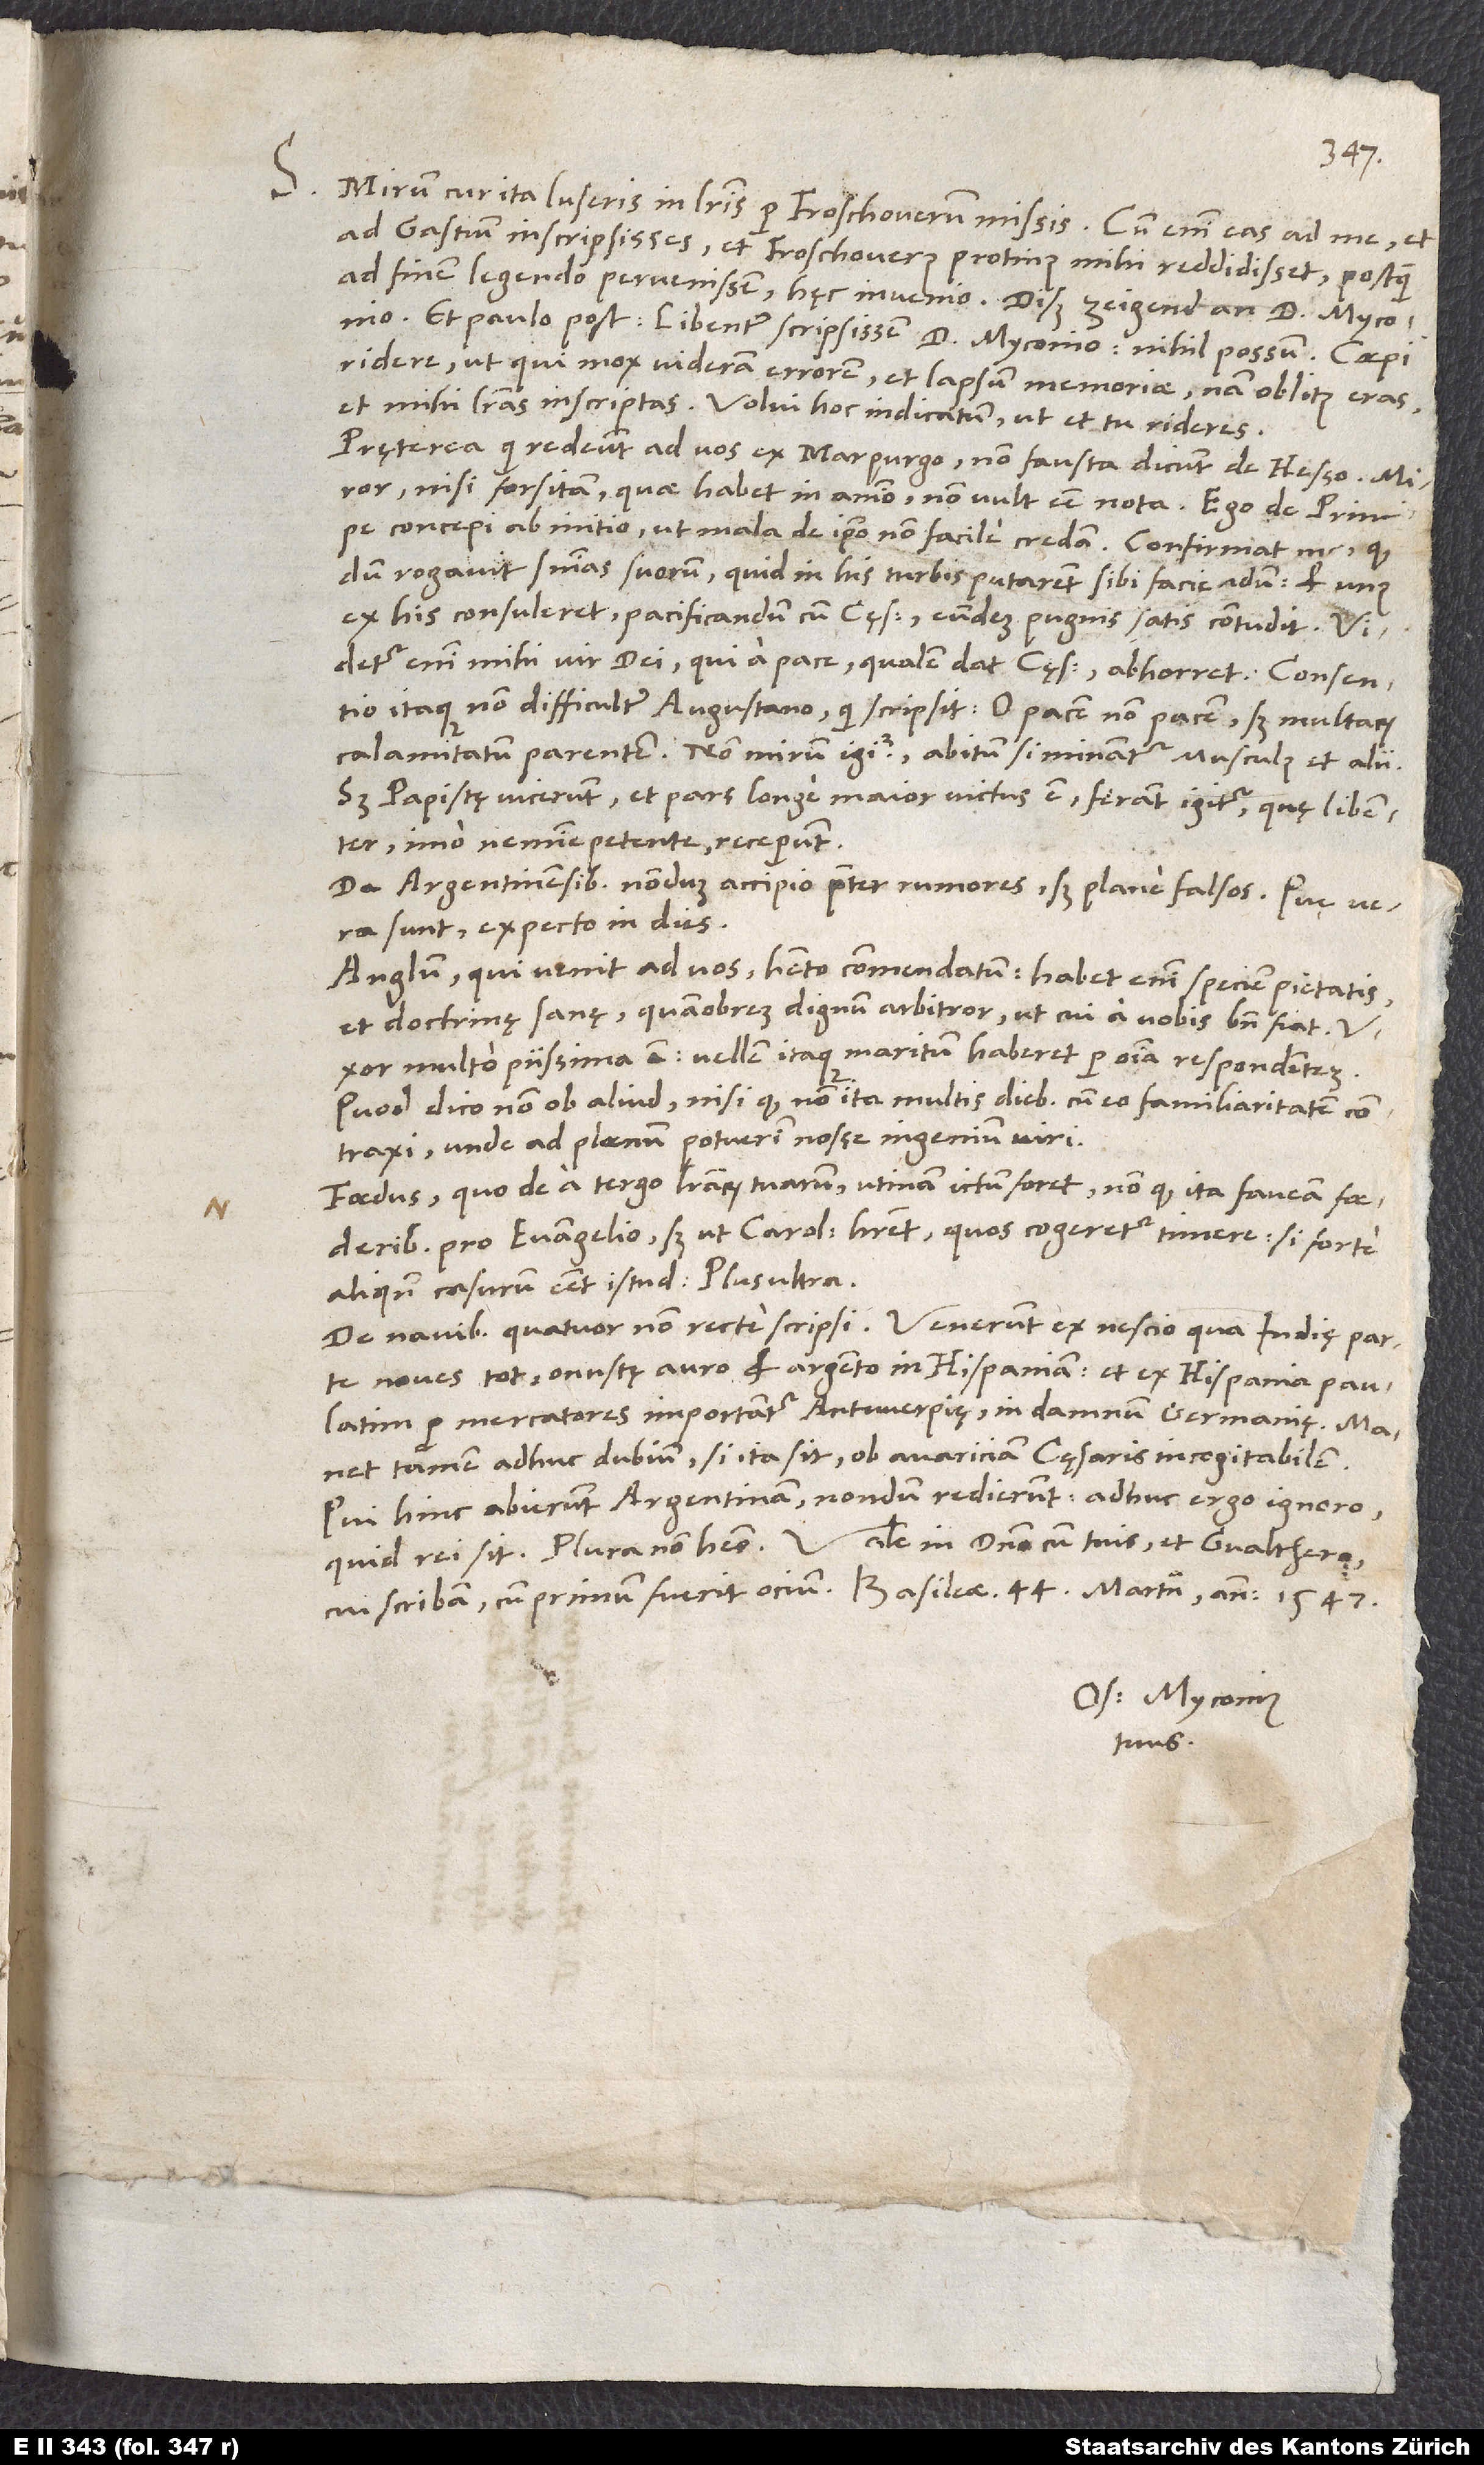
D.

S.

Mirum, cur ita luseris in literis per Froschoverum missis. Cum enim eas ad me et
ad Gastium inscripsisses et Froschoverus protinus mihi reddidisset, postquam
ad finem legendo pervenissem, hęc invenio: „diß zeigend an d. Myconio“,
et paulo post: „Libenter scripsissem d. Myconio; nihil possum.“ Coepi
ridere (ut qui mox videram errorem et lapsum memoriae), nam oblitus eras
et mihi literas inscriptas! Volui hoc indicatum, ut et tu rideres.
Pręterea qui redeunt ad vos ex Marpurgo, non fausta dicunt de Hesso. Miror,
nisi forsitan, quae habet in animo, non vult esse nota. Ego de principe
concepi ab initio, ut mala de ipso non facile credam. Confirmat me, quod,
dum rogavit sententias suorum, quid in his turbis putarent sibi faciendum, et unus
ex his consuleret pacificandum cum cęsare, eundem pugnis satis contudit.
Videtur enim mihi vir dei, qui a pace, qualem dat cęsar, abhorret. Consentio
itaque non difficulter Augustano, qui scripsit: „O pacem, non pacem, sed multarum
calamitatum parentem!“ Non mirum igitur, abitum si minantur Musculus et alii.
Sed papistę vicerunt, et pars longe maior victus est! Ferant igitur, quę libenter,
imo nemine petente, receperunt.
De Argentinensibus nondum accipio praeter rumores, sed plane falsos. Quę vera
sunt, expecto in dies.
Anglum, qui venit ad vos, habeto commendatum. Habet enim speciem pietatis
et doctrinę sanę; quamobrem dignum arbitror, ut cui a vobis bene fiat.
multo piissima est. Vellem itaque maritum haberet per omnia respondentem;
quod dico non ob aliud, nisi quod non ita multis diebus cum eo familiaritatem
contraxi, unde ad plaenum potuerim nosse ingenium viri.
Foedus, quo de a tergo literarum tuarum, utinam ictum foret! Non quod ita faveam foederibus
pro evangelio, sed ut Carolus haberet, quos cogeretur timere, si forte
aliquando casurum esset istud „Plus ultra“.
De navibus quatuor non recte scripsi. Venerunt ex nescio qua Indię parte
naves tot, onustę auro et argento, in Hispaniam, et ex Hispania paulatim
per mercatores importantur Antwerpię in damnum Germanię. Manet
tamen adhuc dubium, si ita sit, ob avariciam cęsaris incogitabilem.
Qui hinc abierunt Argentinam, nondum redierunt. Adhuc ergo ignoro,
cui scribam, cum primum fuerit ocium. Basileae, 44. martii anno 1547.
Os. Myconius
tuus.